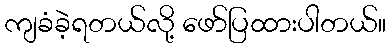
ကျခံခဲ့ရတယ်လို့ ဖော်ပြထားပါတယ်။